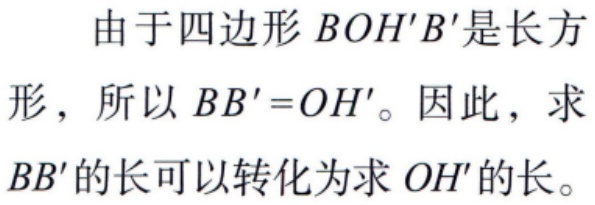
由于四边形 \(BOH'B'\) 是长方形，所以 \(BB' = OH'\)。因此，求 \(BB'\) 的长可以转化为求 \(OH'\) 的长。